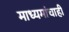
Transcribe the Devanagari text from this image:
माध्यमांचाही